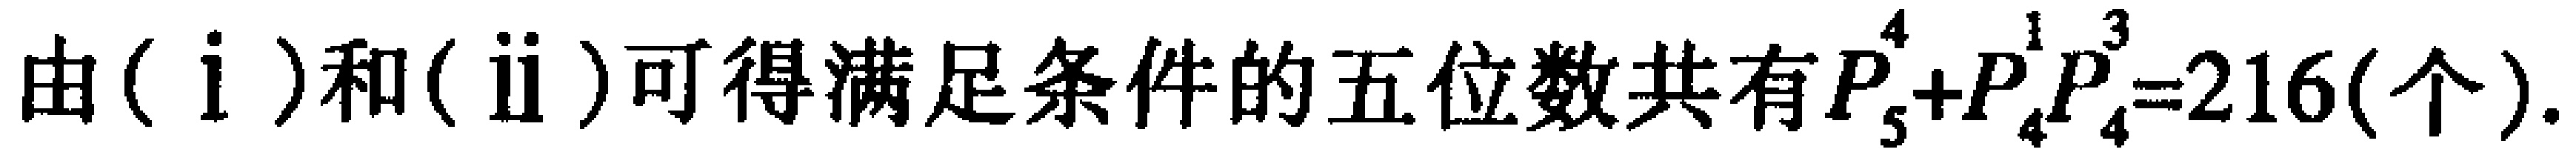
由$(\mathrm{i})$和$(\mathrm{ii})$可得满足条件的五位数共有$P_{5}^{4}+P_{4}^{1}P_{4}^{3}=216(\text{个})$.